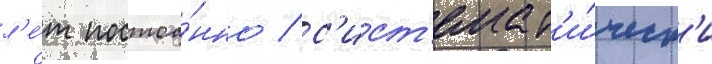
л'е́т постоа́нно / с'ист'емат'и́ческ'и